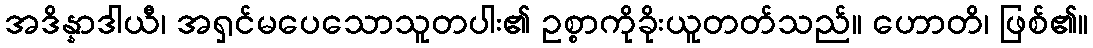
အဒိန္နာဒါယီ၊ အရှင်မပေသောသူတပါး၏ ဥစ္စာကိုခိုးယူတတ်သည်။ ဟောတိ၊ ဖြစ်၏။